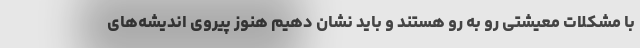
با مشکلات معیشتی رو به رو هستند و باید نشان دهیم هنوز پیروی اندیشه‌های